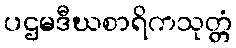
ပဌမဒီဃစာရိကသုတ္တံ